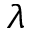
\lambda